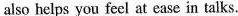
also helps you feel at ease in talks.